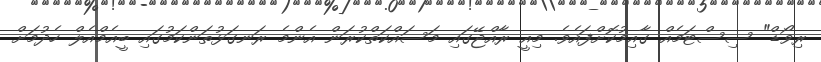
ރިވޯޑް" ސިސްޓަމެއް ގާއިމުކޮށްފައެވެ. މިއީ ރާއްޖޭގައި މަސައްކަތްކުރަން އެންމެ ރަނގަޅުތަންކަމުގައި ބީއެމްއެލް ހެދުމަށް